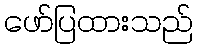
ဖော်ပြထားသည်